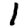
Digit: 1